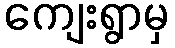
ကျေးရွာမှ